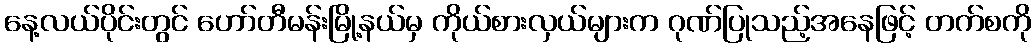
နေ့လယ်ပိုင်းတွင် ဟော်တီမန်းမြို့နယ်မှ ကိုယ်စားလှယ်များက ဂုဏ်ပြုသည့်အနေဖြင့် တက်စကို